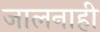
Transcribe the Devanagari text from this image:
जालनाही